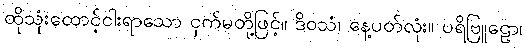
ထိုသုံးထောင့်ငါးရာသော ငှက်မတို့ဖြင့်။ ဒိဝသံ၊ နေ့ပတ်လုံး။ ပရိဗြူဠော၊